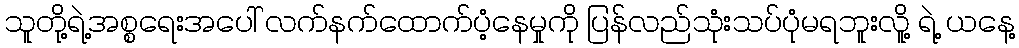
သူတို့ရဲ့အစ္စရေးအပေါ် လက်နက်ထောက်ပံ့နေမှုကို ပြန်လည်သုံးသပ်ပုံမရဘူးလိူ့ ရဲ့ ယနေ့